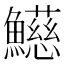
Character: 𩼰